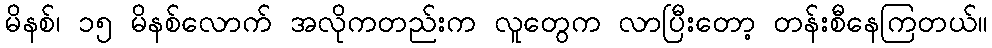
မိနစ်၊ ၁၅ မိနစ်လောက် အလိုကတည်းက လူတွေက လာပြီးတော့ တန်းစီနေကြတယ်။